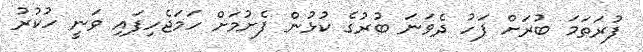
ފުރަތަމަ ބުރަށް ފަހު ދެވަނަ ބުރުގެ ކުޅުން ފެށުމަށް ހަމަޖެހިފައި ވަނީ ހުކުރު